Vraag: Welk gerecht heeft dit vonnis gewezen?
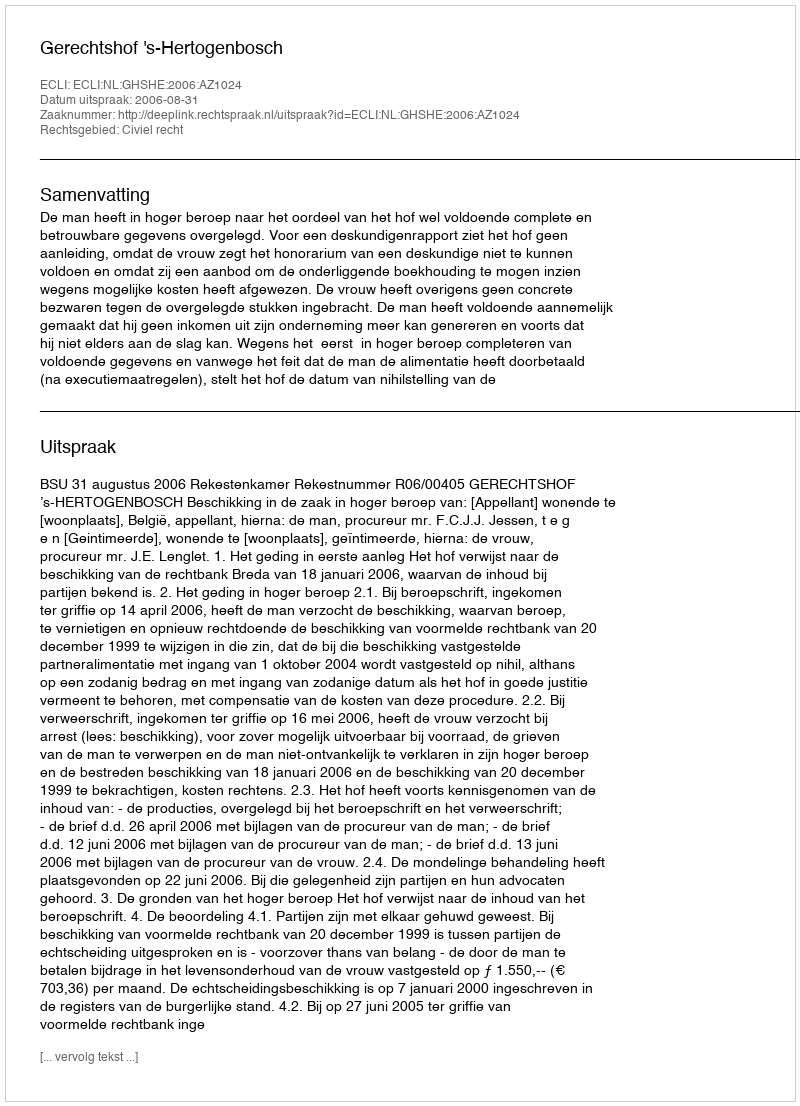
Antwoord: Gerechtshof 's-Hertogenbosch